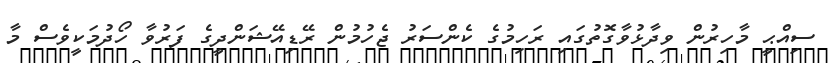
ސިއްޙީ މާހިރުން ވިދާޅުވާގޮތުގައި ރަހިމުގެ ކެންސަރު ޖެހުމުން ރޭޑިއޭޝަންދީގެ ފަރުވާ ހޯދުމަކީވެސް މާ